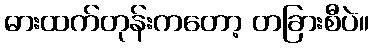
ဓားထက်တုန်းကတော့ တခြားစီပဲ။